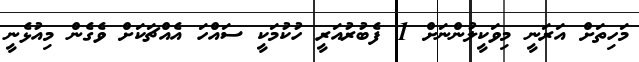
މަހިތަށް އަރަނީ މިވަކީލުންނަށް 1 ފެބުރުއަރީ ހުކުމަކީ ސައްހަ އެއްޗަކަށް ވެގެން މިއުޅެނީ